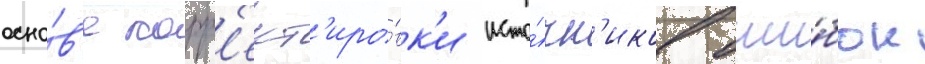
осно́в'е корр'ект'иро́вк'и исто́чн'иков оши́бок